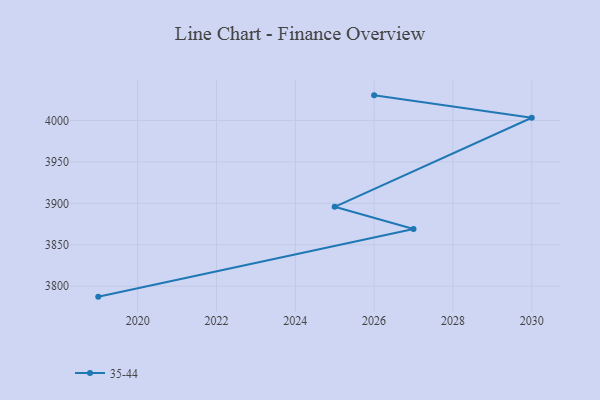
{"axis": {"x": "Year", "y": "Conversion Rate (%)"}, "legend": ["35-44"], "data": [{"x": "2019", "y": 3787.4, "type": "35-44"}, {"x": "2027", "y": 3869.0, "type": "35-44"}, {"x": "2025", "y": 3895.8, "type": "35-44"}, {"x": "2030", "y": 4003.3, "type": "35-44"}, {"x": "2026", "y": 4030.3, "type": "35-44"}]}